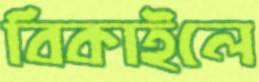
বিকাইলে